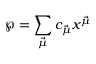
{ \wp } = \sum _ { \vec { \mu } } c _ { \vec { \mu } } x ^ { \vec { \mu } }